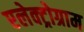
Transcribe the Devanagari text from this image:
एलेक्ट्रोग्राम